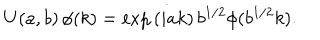
U ( a , b ) \, \phi ( k ) = \exp { ( i a k ) } \, b ^ { 1 / 2 } \phi ( b ^ { 1 / 2 } k ) .